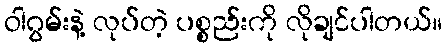
ဝါဂွမ်းနဲ့ လုပ်တဲ့ ပစ္စည်းကို လိုချင်ပါတယ်။